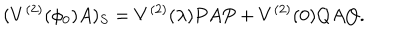
LaTeX: ( V ^ { ( 2 ) } ( \phi _ { 0 } ) A ) _ { S } = V ^ { ( 2 ) } ( \lambda ) P A P + V ^ { ( 2 ) } ( 0 ) Q A Q .